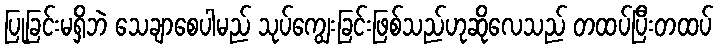
ပြုခြင်းမရှိဘဲ သေချာစေပါမည် သုပ်ကျွေးခြင်းဖြစ်သည်ဟုဆိုလေသည် တထပ်ပြီးတထပ်